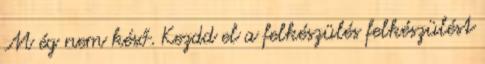
M ég nem késő. Kezdd el a felkészülés felkészülést